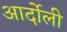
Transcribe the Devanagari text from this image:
आर्दोली